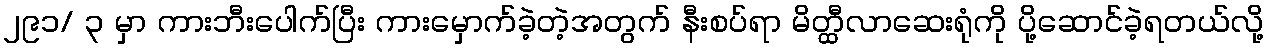
၂၉၁/ ၃ မှာ ကားဘီးပေါက်ပြီး ကားမှောက်ခဲ့တဲ့အတွက် နီးစပ်ရာ မိတ္ထီလာဆေးရုံကို ပို့ဆောင်ခဲ့ရတယ်လို့